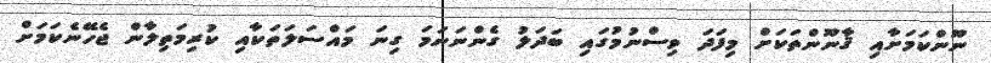
ނޫންކަމަށާއި ޤާނޫންތަކަށް މިފަދަ ވިސްނުމުގައި ބަދަލު ގެންނަނަމަ ގިނަ މައްސަލަތަކާއި ކުރިމަތިލާން ޖެހޭނެކަމަށް